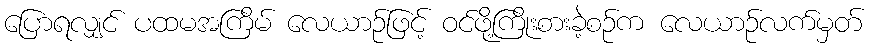
ပြောရလျှင် ပထမအကြိမ် လေယာဉ်ဖြင့် ဝင်ဖို့ကြိုးစားခဲ့စဉ်က လေယာဉ်လက်မှတ်